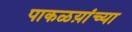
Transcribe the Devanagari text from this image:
पाकळय़ांच्या